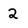
Character: 2